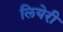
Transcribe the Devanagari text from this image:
लियेरी